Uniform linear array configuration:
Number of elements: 12
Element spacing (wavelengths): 0.5
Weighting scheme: kaiser
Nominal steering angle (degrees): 60
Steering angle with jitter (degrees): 58.051
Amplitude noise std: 0.05
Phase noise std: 0.05

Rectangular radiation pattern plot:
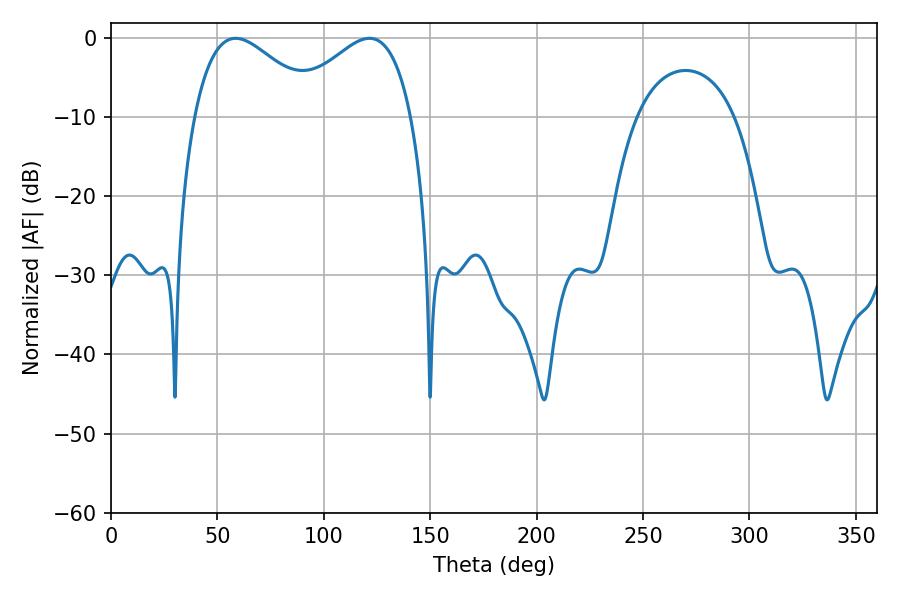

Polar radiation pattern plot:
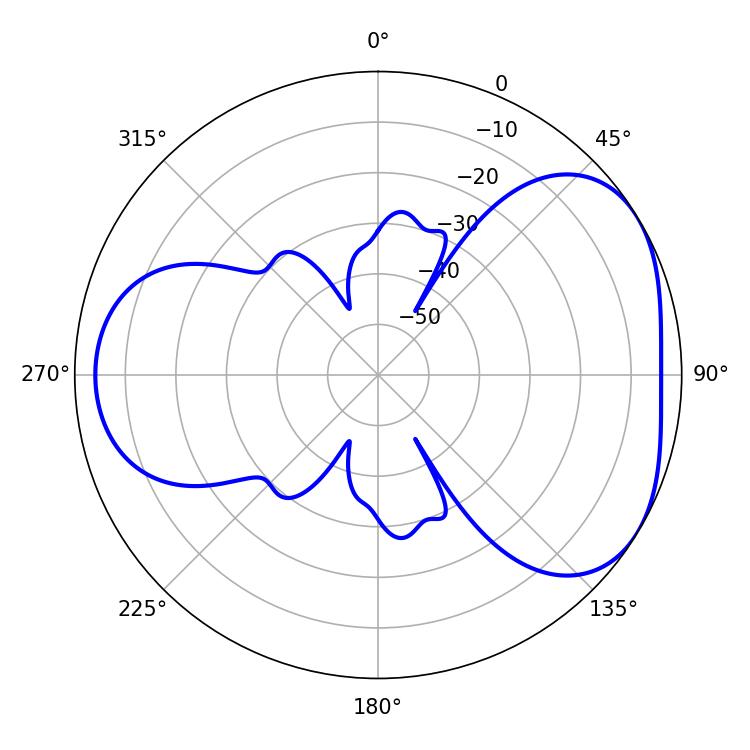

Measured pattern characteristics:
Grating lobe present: FALSE
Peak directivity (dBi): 4.221
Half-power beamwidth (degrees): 31.68
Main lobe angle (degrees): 58.5